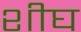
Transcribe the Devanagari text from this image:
शीघ